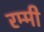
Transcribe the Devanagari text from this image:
रम्मी